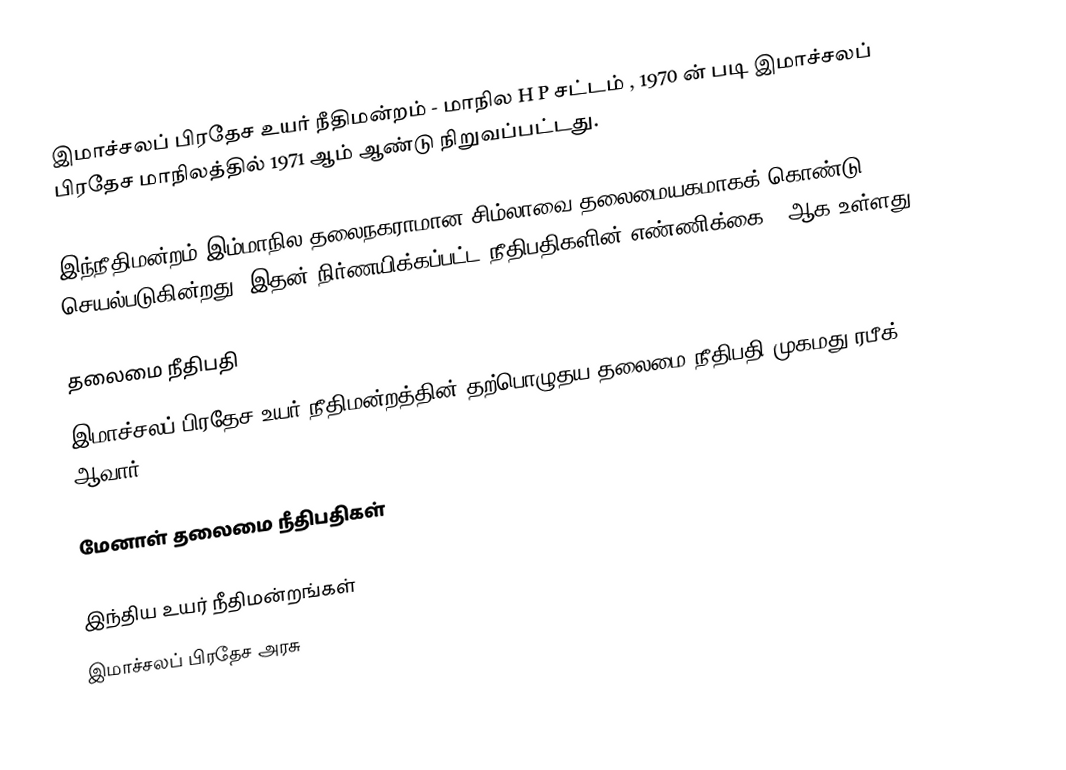
இமாச்சலப் பிரதேச உயர் நீதிமன்றம் - மாநில H P சட்டம் , 1970 ன் படி இமாச்சலப் பிரதேச மாநிலத்தில் 1971 ஆம் ஆண்டு நிறுவப்பட்டது.

இந்நீதிமன்றம் இம்மாநில தலைநகராமான சிம்லாவை தலைமையகமாகக் கொண்டு செயல்படுகின்றது. இதன் நிர்ணயிக்கப்பட்ட நீதிபதிகளின் எண்ணிக்கை 9 ஆக உள்ளது.

தலைமை நீதிபதி
இமாச்சலப் பிரதேச உயர் நீதிமன்றத்தின் தற்பொழுதய தலைமை நீதிபதி முகமது ரபீக் ஆவார்.

மேனாள் தலைமை நீதிபதிகள்

இந்திய உயர் நீதிமன்றங்கள்
இமாச்சலப் பிரதேச அரசு